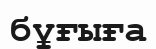
бұғыға